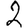
Digit: 2